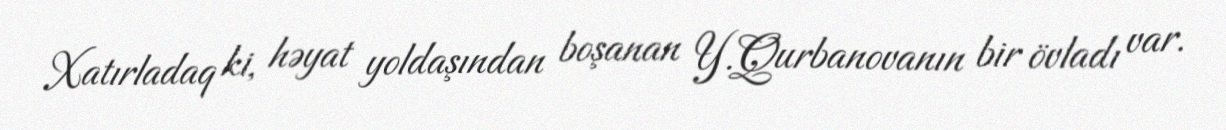
Xatırladaq ki, həyat yoldaşından boşanan Y.Qurbanovanın bir övladı var.